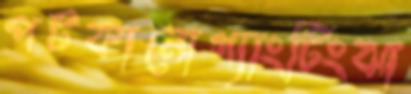
পটকানোগ্যাংটিংঝা